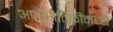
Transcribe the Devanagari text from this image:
अणुभौतिकीमध्ये